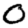
Digit: 0